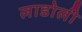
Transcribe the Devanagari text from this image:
लाडोली